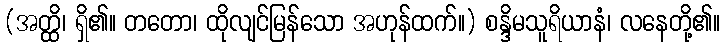
(အတ္ထိ၊ ရှိ၏။ တတော၊ ထိုလျင်မြန်သော အဟုန်ထက်။) စန္ဒိမသူရိယာနံ၊ လနေတို့၏။